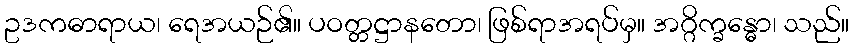
ဥဒကဓာရာယ၊ ရေအယဉ်၏။ ပဝတ္တဋ္ဌာနတော၊ ဖြစ်ရာအရပ်မှ။ အဂ္ဂိက္ခန္ဓော၊ သည်။